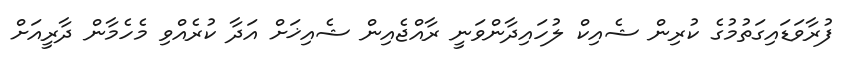
ފުރާވަޑައިގަތުމުގެ ކުރިން ޝެއިކް ލުހައިދާންވަނީ ރާއްޖެއިން ޝެއިޚަށް އަދާ ކުރެއްވި މެހެމާން ދާރީއަށް